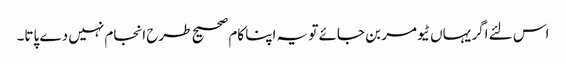
اس لئے اگر یہاں ٹیومر بن جائے تو یہ اپنا کام صحیح طرح انجام نہیں دے پاتا۔